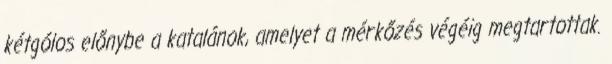
kétgólos előnybe a katalánok, amelyet a mérkőzés végéig megtartottak.